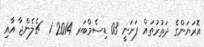
އޮރަޔަންގެ ދަތުރުތައް ފަށަނީ 03 ޑިސެމްބަރ 2014 1  ޗެލެންޖާ އާއި